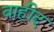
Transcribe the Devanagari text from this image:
वाहीद